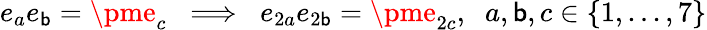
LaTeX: e_{a}e_{\mathsf{b}}=\pme_{c}\; \; \Longrightarrow\; \; e_{2a}e_{2\mathsf{b}}=\pme_{2c},\; \; a,\mathsf{b},c\in\{ 1,...,7\}